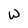
Character: W